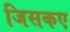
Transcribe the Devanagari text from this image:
जिसकए